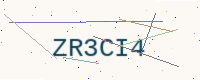
Text: ZR3CI4